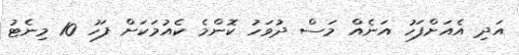
އަދި އެއަށްފަހު އަނެއް މަސް ދުވަހު ކޮންމެ ކެއުމަކަށް ފަހު 10 މިނެޓު